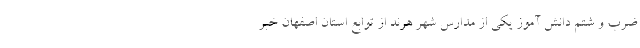
ضرب و شتم دانش آموز یکی از مدارس شهر هرند از توابع استان اصفهان خبر